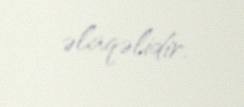
əlaqəlidir.